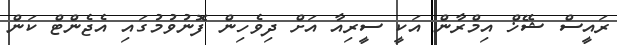
ރައީސް ޝޭޚް އިމްރާން އަކީ ސީރިއާ އަށް ދިވެހިން ފޮނުވުމުގައި އެޖެންޓް ކަން